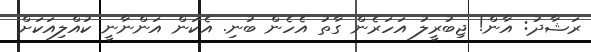
ރަޝާދު: އާން! ޖިބުރީލު އަހަރެން ގާތު އެހެން ބުނި. އެކަން އަންނާނީ ކުއްލިއަކަށް